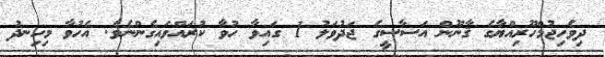
ދިވެހިޖުމްހޫރިއްޔާގެ ޤާނޫން އަސާސީގެ ޖަދުވަލު 1 ގައިވާ ހުވާ ކުރައްވައިގެންނެވެ. އެހުވާ މިހިނދު